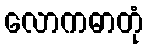
လောကဓာတုံ